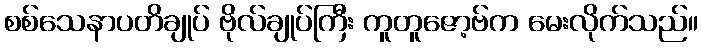
စစ်သေနာပတိချုပ် ဗိုလ်ချုပ်ကြီး ကူတူဇော့ဗ်က မေးလိုက်သည်။